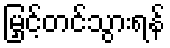
မြှင့်တင်သွားရန်